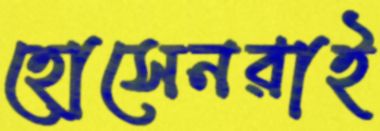
হোসেনরাই